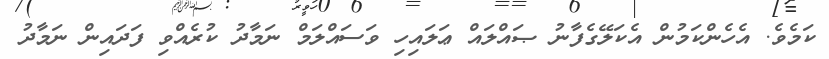
ކަމެވެ. އެހެންކަމުން އެކަލޭގެފާނު ޞައްލައް ޢަލައިހި ވަސައްލަމް ނަމާދު ކުރެއްވި ފަދައިން ނަމާދު